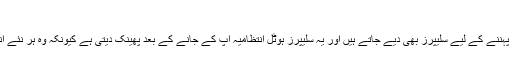
پاؤں میں پہننے والے سلیپرز
: باتھ روم کے علاوہ فائیو اسٹار ہوٹلز میں کمرے میں پہننے کے لیے سلیپرز بھی دیے جاتے ہیں اور یہ سلیپرز ہوٹل انتظامیہ آپ کے جانے کے بعد پھینک دیتی ہے کیونکہ وہ ہر نئے آنے والے صارف کو نئے سلیپرز فراہم کیے جاتے ہیں۔